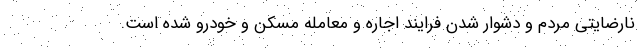
نارضایتی مردم و دشوار شدن فرایند اجاره و معامله مسکن و خودرو شده است.